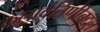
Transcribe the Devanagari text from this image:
कलावंतिणीबद्दल